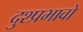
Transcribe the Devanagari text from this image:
दुश्प्रभावो